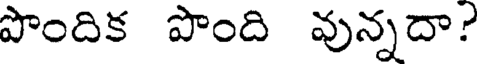
పొందిక పొంది వున్నదా?